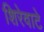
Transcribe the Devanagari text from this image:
शिरेवाटे